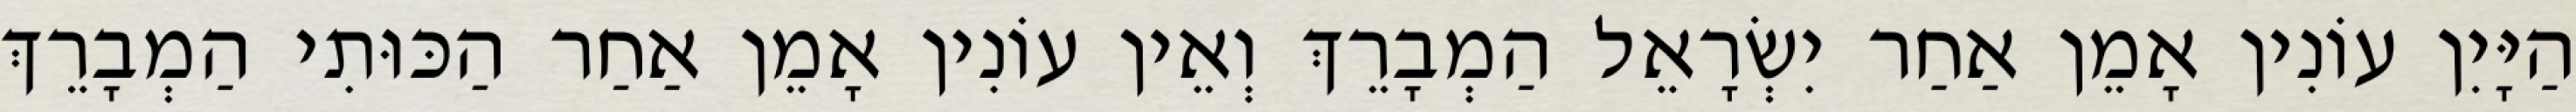
הַיָּיִן עוֹנִין אָמֵן אַחַר יִשְׂרָאֵל הַמְבָרֵךְ וְאֵין עוֹנִין אָמֵן אַחַר הַכּוּתִי הַמְבָרֵךְ